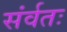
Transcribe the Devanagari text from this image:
संर्वतः